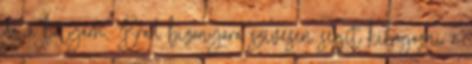
de a bátyám, Brad bizonyára szívesen segít kibogozni a